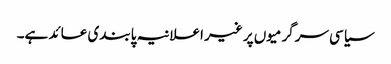
سیاسی سرگرمیوں پر غیر اعلانیہ پابندی عائد ہے۔